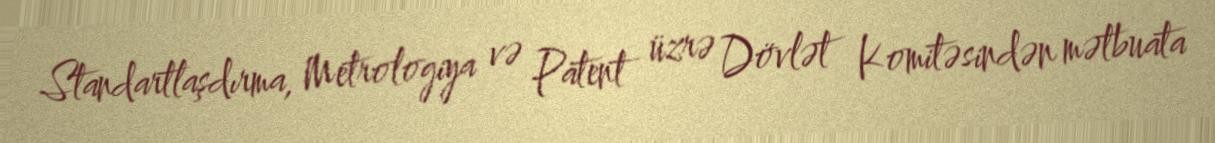
Standartlaşdırma, Metrologiya və Patent üzrə Dövlət Komitəsindən mətbuata